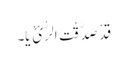
قَدْ صَدَّقْتَ الرُّ ئْ یَا۔